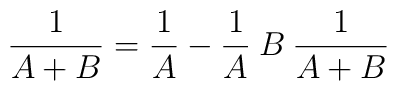
\frac{1}{A+B}=\frac{1}{A}-\frac{1}{A}\: B\:\frac{1}{A+B}